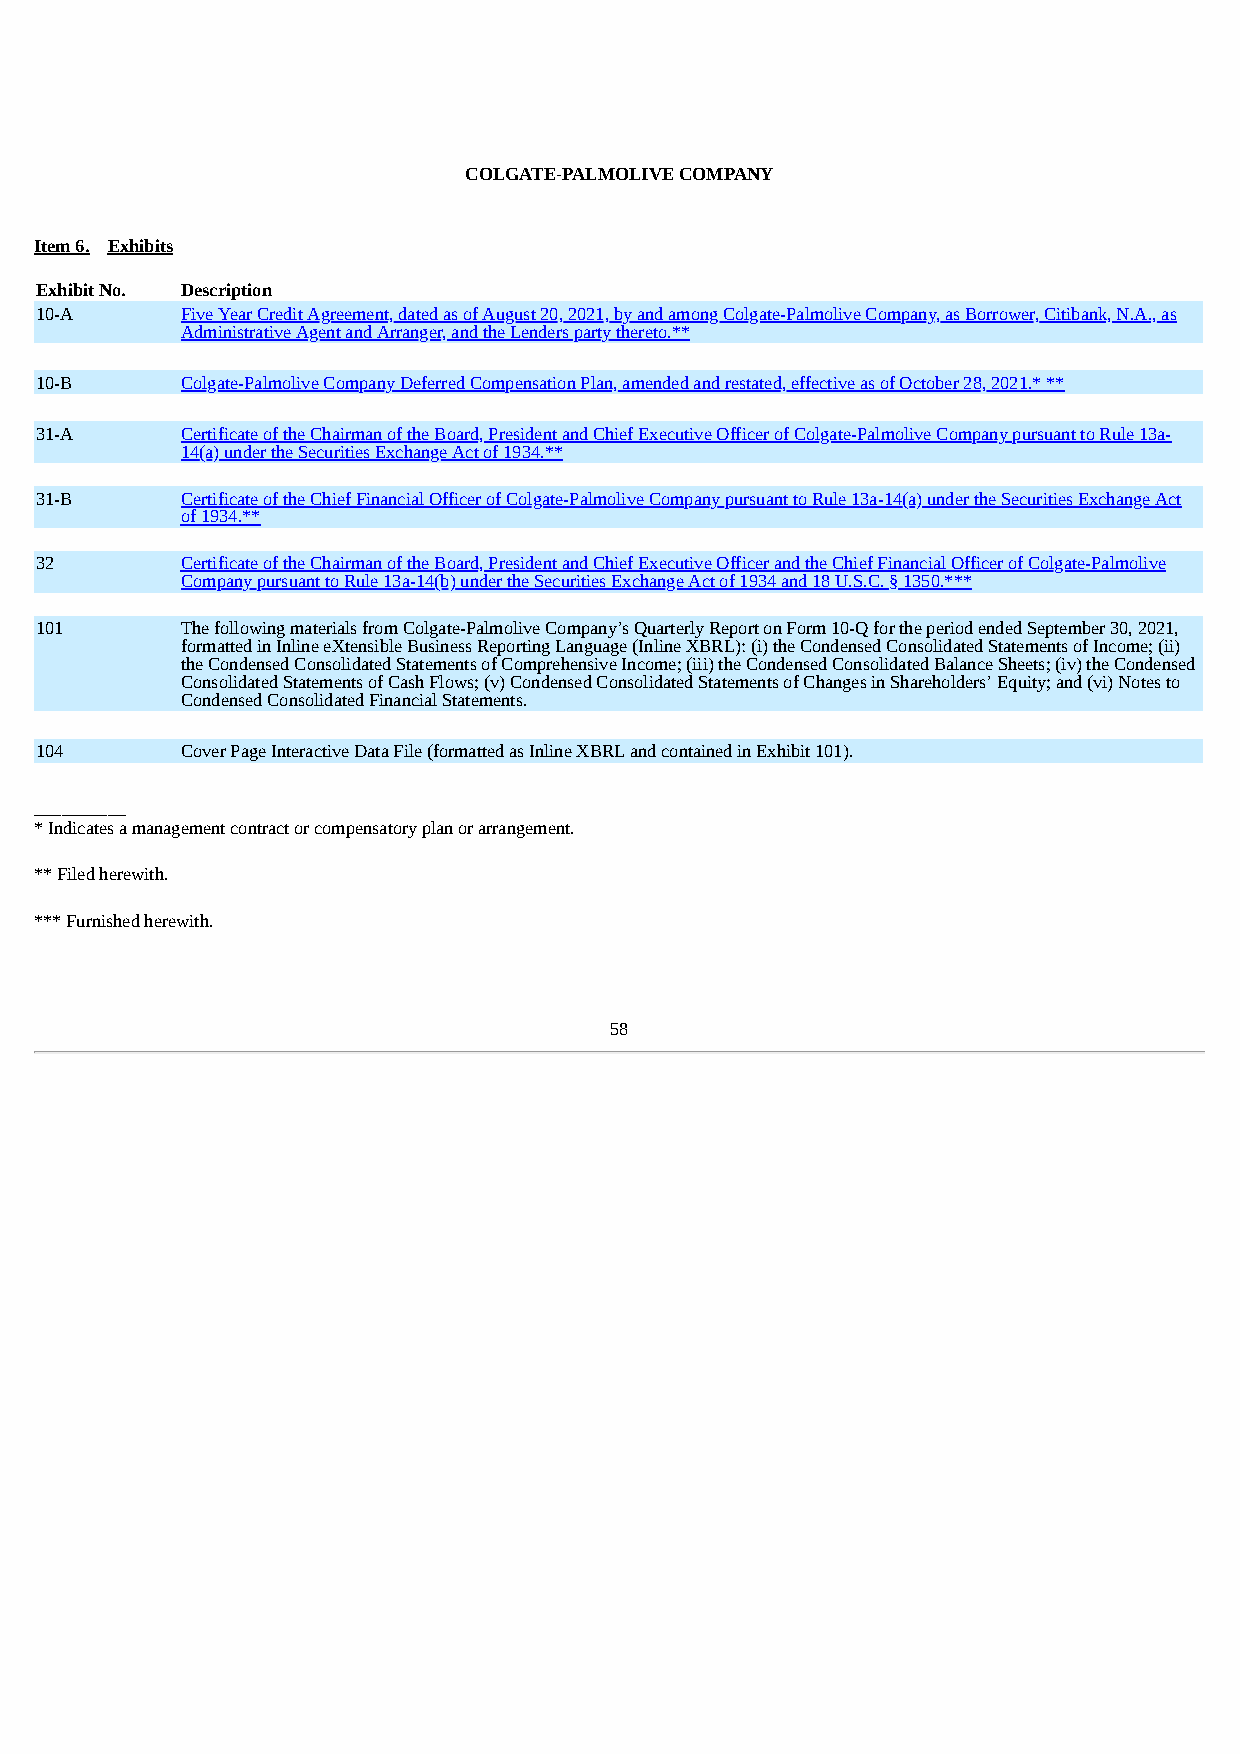
COLGATE-PALMOLIVE COMPANY
 Item 6. Exhibits
 Exhibit No. Description
 10-A      Five Year Credit Agreement, dated as of August 20, 2021, by and among Colgate-Palmolive Company, as Borrower, Citibank, N.A., as
 Administrative Agent and Arranger, and the Lenders party thereto.**
 10-B      Colgate-Palmolive Company Deferred Compensation Plan, amended and restated, effective as of October 28, 2021.* **
 31-A      Certificate of the Chairman of the Board, President and Chief Executive Officer of Colgate-Palmolive Company pursuant to Rule 13a-
 14(a) under the Securities Exchange Act of 1934.**
 31-B      Certificate of the Chief Financial Officer of Colgate-Palmolive Company pursuant to Rule 13a-14(a) under the Securities Exchange Act
 of 1934.**
 32        Certificate of the Chairman of the Board, President and Chief Executive Officer and the Chief Financial Officer of Colgate-Palmolive
 Company pursuant to Rule 13a-14(b) under the Securities Exchange Act of 1934 and 18 U.S.C. § 1350.***
 101       The following materials from Colgate-Palmolive Company’s Quarterly Report on Form 10-Q for the period ended September 30, 2021,
 formatted in Inline eXtensible Business Reporting Language (Inline XBRL): (i) the Condensed Consolidated Statements of Income; (ii)
 the Condensed Consolidated Statements of Comprehensive Income; (iii) the Condensed Consolidated Balance Sheets; (iv) the Condensed
 Consolidated Statements of Cash Flows; (v) Condensed Consolidated Statements of Changes in Shareholders’ Equity; and (vi) Notes to
 Condensed Consolidated Financial Statements.
 104       Cover Page Interactive Data File (formatted as Inline XBRL and contained in Exhibit 101).
 __________
 * Indicates a management contract or compensatory plan or arrangement.
 ** Filed herewith.
 *** Furnished herewith.
 58